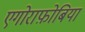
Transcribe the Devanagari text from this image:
एगोराफ़ोबिया